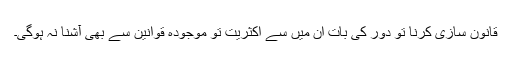
قانون سازی کرنا تو دور کی بات ان میں سے اکثریت تو موجودہ قوانین سے بھی آشنا نہ ہوگی۔